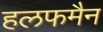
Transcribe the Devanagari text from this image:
हलफमैन